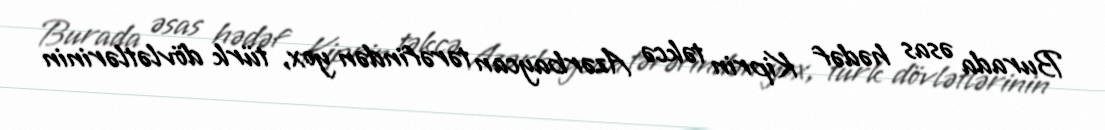
Burada əsas hədəf Kiprin təkcə Azərbaycan tərəfindən yox, türk dövlətlərinin